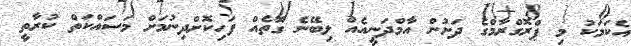
އެކަމަކު މި ޕްރޮގްރާމްގެ ދަށުން އާމްދަނީއެއް ލިބޭނެ ގޮތެއް ފަހިކޮށްދިނުމަށް މަސައްކަތް ކުރާތީ